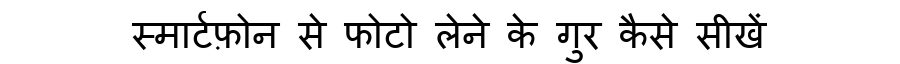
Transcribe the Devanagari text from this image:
स्मार्टफ़ोन से फोटो लेने के गुर कैसे सीखें